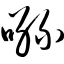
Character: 咝